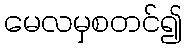
မေလမှစတင်၍